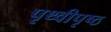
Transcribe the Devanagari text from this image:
पृथ्वीपृष्ठ